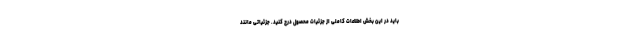
باید در این بخش اطلاعات کاملی از جزئیات محصول درج کنید. جزئیاتی مانند